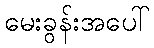
မေးခွန်းအပေါ်